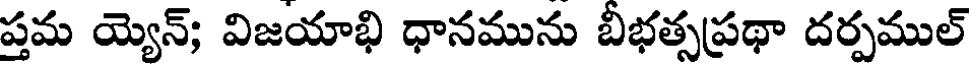
ప్తమ య్యెన్; విజయాభి ధానమును బీభత్సప్రథా దర్పముల్